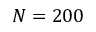
N = 2 0 0